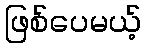
ဖြစ်ပေမယ့်